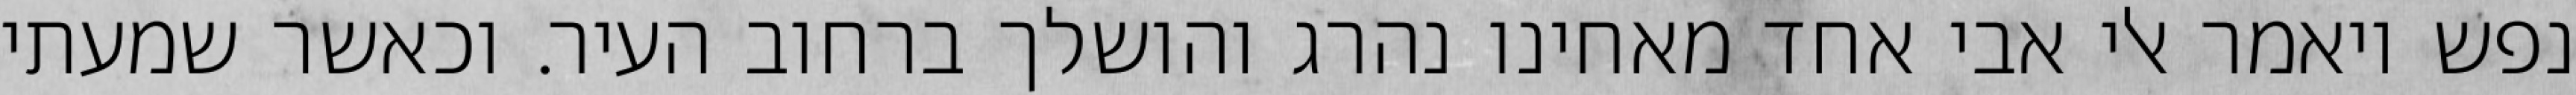
נפש ויאמר אלי אבי אחד מאחינו נהרג והושלך ברחוב העיר. וכאשר שמעתי